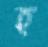
হ